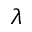
\lambda